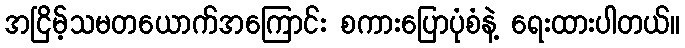
အငြိမ့်သမတယောက်အကြောင်း စကားပြောပုံစံနဲ့ ရေးထားပါတယ်။